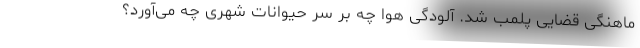
ماهنگی قضایی پلمب شد. آلودگی هوا چه بر سر حیوانات شهری چه می‌آورد؟